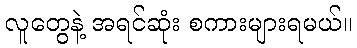
လူတွေနဲ့ အရင်ဆုံး စကားများရမယ်။